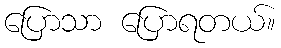
ပြောသာ ပြောရတယ်။